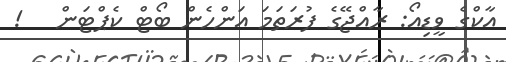
އާކްގެ ވީޑިއޯ: ރާއްޖޭގެ ފުރަތަމަ އަންހެން ބޯޓް ކެޕްޓަން   !